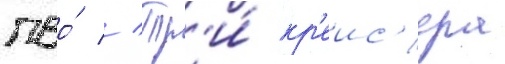
пво́ // Тр'и́ кр'еис'ера